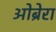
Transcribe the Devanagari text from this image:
ओब्रेरा